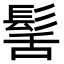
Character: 髺